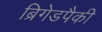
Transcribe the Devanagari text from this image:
ब्रिगेडपैकी